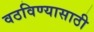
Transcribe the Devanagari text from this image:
वठविण्यासाठी